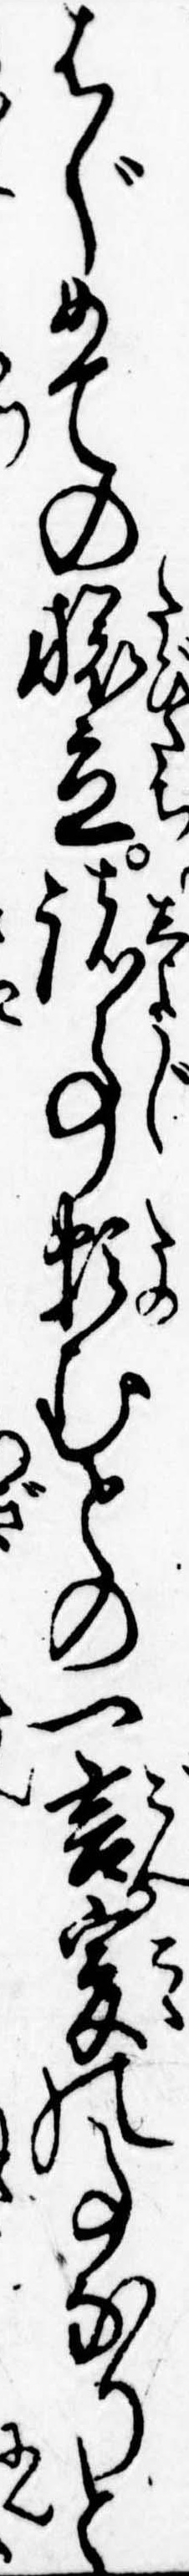
はじめての旅立諸事頼むとの一言爰の事なりと